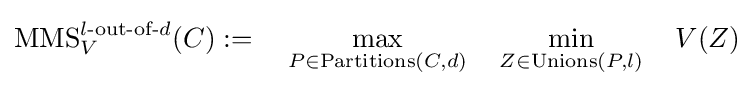
\operatorname {MMS} _{V}^{l{\text{-out-of-}}d}(C):=~~~\max _{P\in \operatorname {Partitions} (C,d)}~~~\min _{Z\in \operatorname {Unions} (P,l)}~~~V(Z)